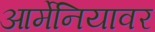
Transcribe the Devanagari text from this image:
आर्मेनियावर